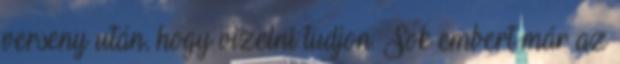
verseny után, hogy vizelni tudjon. Sok embert már az